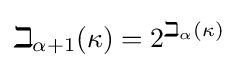
\beth _{\alpha +1}(\kappa )=2^{\beth _{\alpha }(\kappa )}